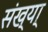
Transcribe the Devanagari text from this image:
संख्या्